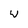
Character: w